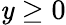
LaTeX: \mathit{y}\ge0